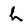
Character: h